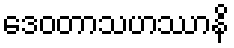
ဒေဝတာသဟဿာနိ